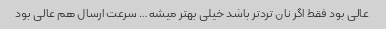
عالی بود فقط اگر نان ترد‌تر باشد خیلی بهتر میشه … سرعت ارسال هم عالی بود